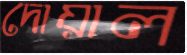
দোয়াল